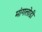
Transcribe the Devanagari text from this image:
मांगलोडी